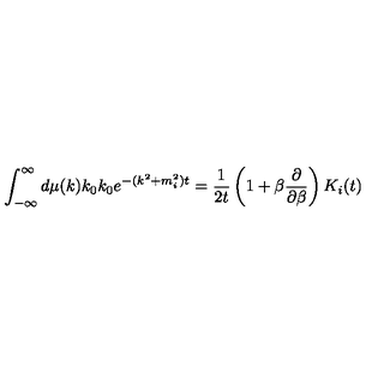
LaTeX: \int _ { - \infty } ^ { \infty } d \mu ( k ) k _ { 0 } k _ { 0 } e ^ { - ( k ^ { 2 } + m _ { i } ^ { 2 } ) t } = \frac 1 { 2 t } \left( 1 + \beta \frac \partial { \partial \beta } \right) K _ { i } ( t )